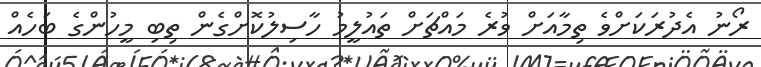
ރޯނު އެދުރަކަށްވެ ތިމާއަށް ވުރެ މައްޗަށް ތައުލީމު ހާސިލުކޮށްގެން ތިބި މީހުންގެ ބަހެއް